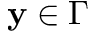
\textbf y \in \Gamma